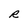
Character: R